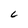
Character: L